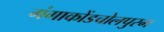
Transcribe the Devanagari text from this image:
गंगाकोंडचोलपुरम